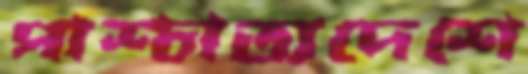
পাশ্চাত্যদেশে